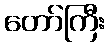
တော်ကြီး